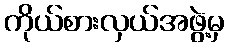
ကိုယ်စားလှယ်အဖွဲ့မှ